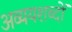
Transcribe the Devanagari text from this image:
अव्ययशब्दों